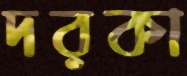
দরকা